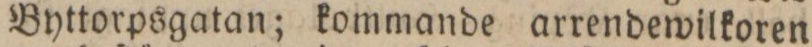
Byttorpsgatan; kommande arrendewilkoren